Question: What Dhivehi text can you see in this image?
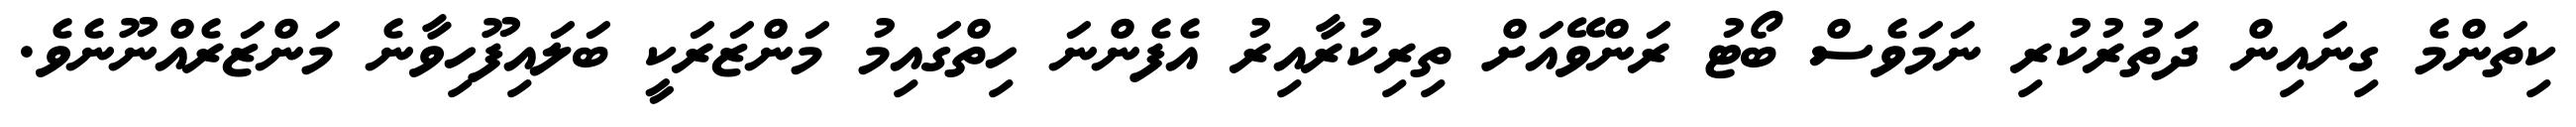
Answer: ކިތަންމެ ގިނައިން ދަތުރުކުރި ނަމަވެސް ބޯޓު ރަންވޭއަށް ތިރިކުރާއިރު އެފެންނަ ހިތްގައިމު މަންޒަރަކީ ބަލައިފޫހިވާނެ މަންޒަރެއްނޫނެވެ.